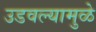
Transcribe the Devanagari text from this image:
उडवल्यामुळे